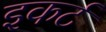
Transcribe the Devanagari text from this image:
इकर्ट